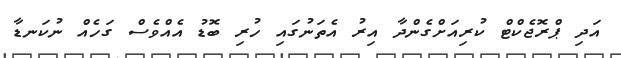
އަދި ޕްރޮޖެކްޓް ކުރިއަށްގެންދާ އިރު އެތަނުގައި ހުރި ބޮޑު އެއްވެސް ގަހެއް ނުކަނޑާ